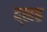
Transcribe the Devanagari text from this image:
द्सह